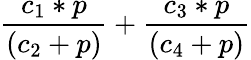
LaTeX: \frac{c_{1}*p}{(c_{2}+p)}+\frac{c_{3}*p}{(c_{4}+p)}